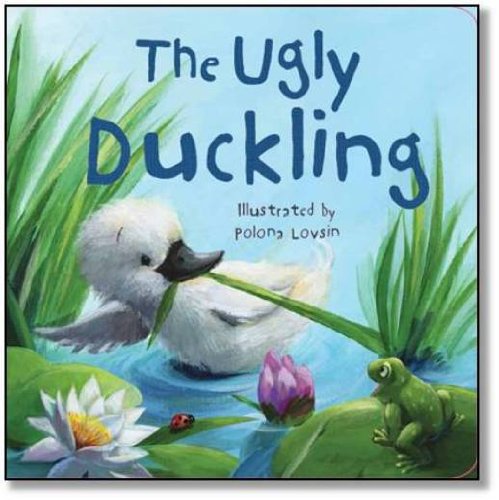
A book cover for The Ugly Duckling (Fairytale Boards); Parragon Books; Children's Books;